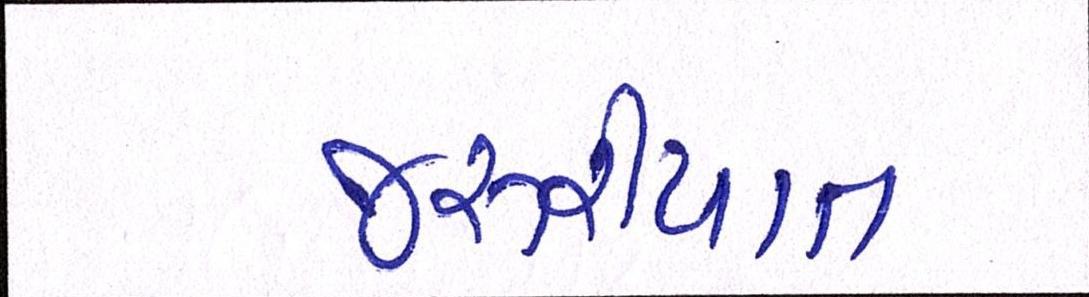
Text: જરૂરીયાત